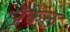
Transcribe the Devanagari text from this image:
जॅकेल